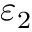
\varepsilon _ { 2 }